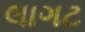
લાગટ